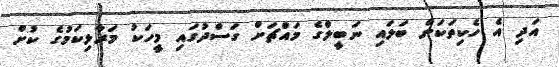
އަދި އެ ހެކިތަކަށް ބަލައި ނަބީލްގެ މައްޗަށް ގަސްދުގައި މީހަކު މަރާލިކަމުގެ ކުށް